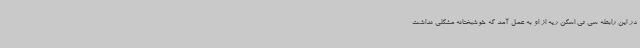
در این رابطه سی تی اسکن ریه از او به عمل آمد که خوشبختانه مشکلی نداشت